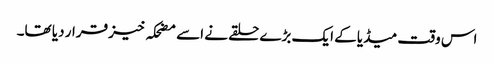
اس وقت میڈیا کے ایک بڑے حلقے نے اسے مضحکہ خیز قرار دیا تھا۔